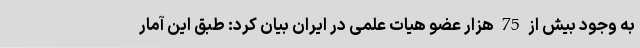
به وجود بیش از 75 هزار عضو هیات علمی در ایران بیان کرد: طبق این آمار